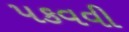
પકવવી